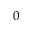
^ 0